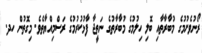
ރޯނުވެށުމުގެ މުބާރާތާއި ބޮލި ހިލުމުގެ މުބާރާތުގެ ނަތީޖާ ފާޅުކުރުމުގެ ރަސްމިއްޔާތެވެ. މިގޮތުން ހދ.